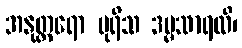
အနုတ္တရော ပုရိသ ဒမ္မသာရထိ၊